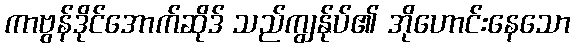
ကာဗွန်ဒိုင်အောက်ဆိုဒ် သည်ကျွန်ုပ်၏ အိုဟောင်းနေသော